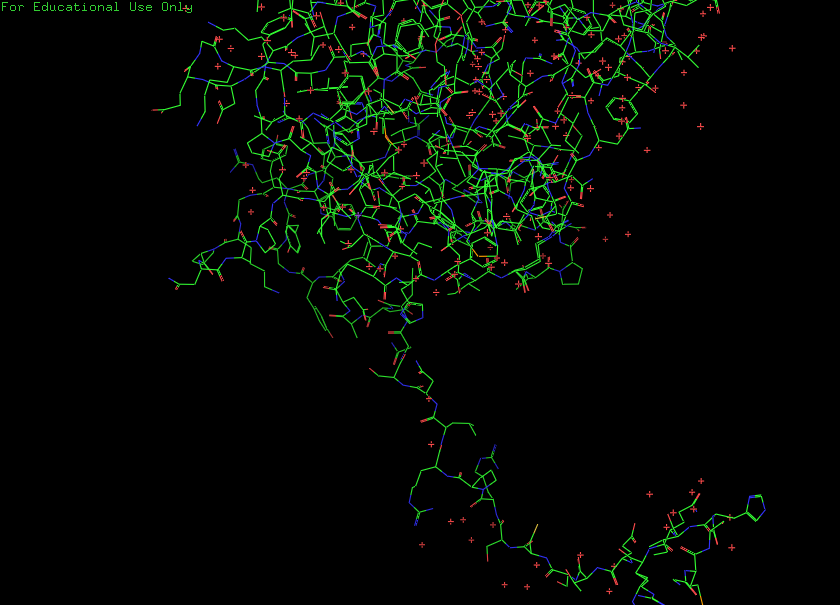
pymol, preset, default